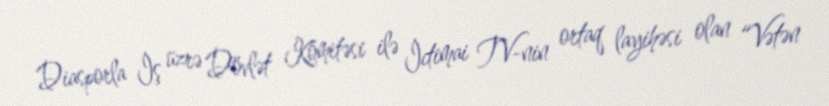
Diasporla İş üzrə Dövlət Komitəsi ilə İctimai TV-nin ortaq layihəsi olan “Vətən